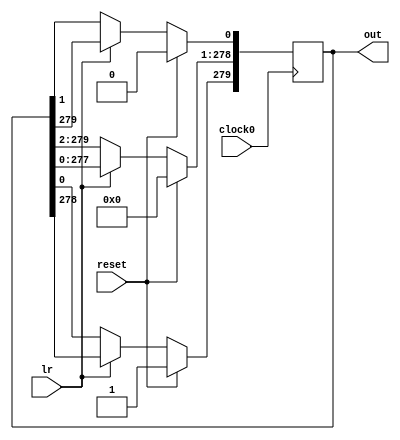
//-------------------------------------------------------
//  Functionality: An n-bit synchronous left-right shift ring counter 
//-------------------------------------------------------
`define REGISTER_WIDTH 280

module ring_counter ( 
  input wire clock0,                  
  input wire reset,
  input wire lr,
  output reg [`REGISTER_WIDTH - 1:0] out
);


  always @(posedge clock0) begin
    if(reset)begin
      out <= {1'b1,{(`REGISTER_WIDTH - 1){1'b0}}};
    end else begin
      if(lr == 1)begin // left shift
        out[0]                    <= out[`REGISTER_WIDTH - 1];
        out[`REGISTER_WIDTH - 1:1] <= out[`REGISTER_WIDTH - 2:0];
      end else if (lr == 0) begin // right shift
        out[`REGISTER_WIDTH - 1]   <= out[0];
        out[`REGISTER_WIDTH - 2:0] <= out[`REGISTER_WIDTH - 1:1];
      end else begin
        out <= out;
      end
    end
  end
      
       
  
endmodule